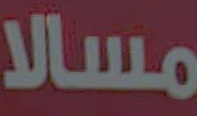
مسالا